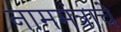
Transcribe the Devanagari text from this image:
नाममंत्राचे